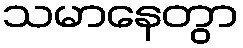
သမာနေတွာ